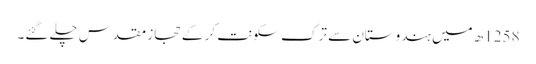
1258ھ میں ہندوستان سے ترک سکونت کر کے حجاز مقدس چلے گئے۔